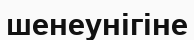
шенеунігіне